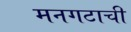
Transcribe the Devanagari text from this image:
मनगटाची